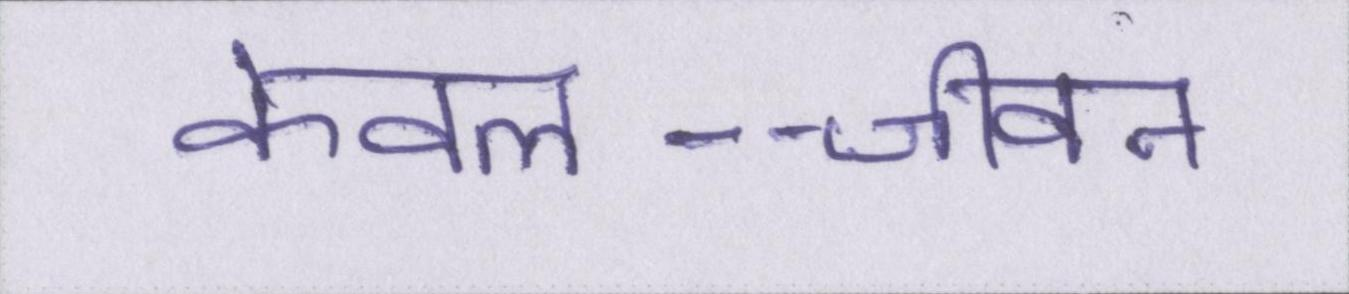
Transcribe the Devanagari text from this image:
केवल--जीवन